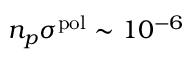
n _ { p } \sigma ^ { \mathrm { p o l } } \sim 1 0 ^ { - 6 }